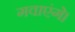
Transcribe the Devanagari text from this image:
गवाएंगे।